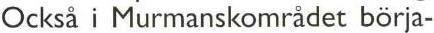
Också i Murmanskområdet börja-